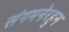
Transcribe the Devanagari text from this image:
संगमनेरहुन